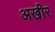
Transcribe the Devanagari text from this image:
अखीर